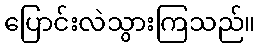
ပြောင်းလဲသွားကြသည်။